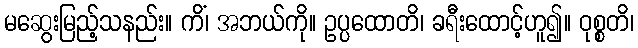
မဆွေးမြည့်သနည်း။ ကိံ၊ အဘယ်ကို။ ဥပ္ပထောတိ၊ ခရီးထောင့်ဟူ၍။ ဝုစ္စတိ၊